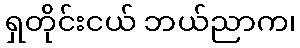
ရှတိုင်းငယ် ဘယ်ညာက၊